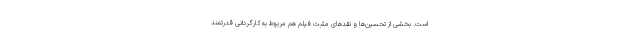
است. بخشی از تحسین‌ها و نقدهای مثبت فیلم هم مربوط به کارگردانی قدرتمند